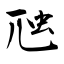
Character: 虺